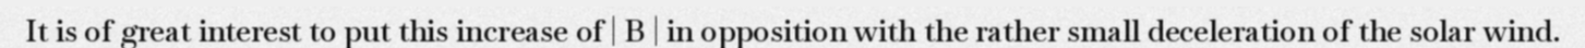
It is of great interest to put this increase of | B | in opposition with the rather small deceleration of the solar wind.